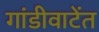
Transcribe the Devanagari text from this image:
गांडीवाटेंत